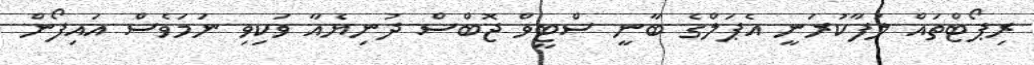
ރިޕޯޓްތައް ލަފާކުރަނީ އެޕަލްގެ ބާނީ ސްޓީވް ޖޮބްސް ދުނިޔެއާ ވަކިވި ނަމަވެސް އައިފޯން